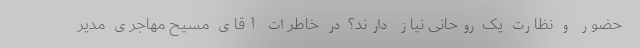
حضور و نظارت یک روحانی نیاز دارند؟ در خاطرات آقای مسیح مهاجری مدیر